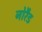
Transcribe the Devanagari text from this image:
नोरैड